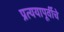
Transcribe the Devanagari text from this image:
प्रत्ययापूर्वीचे